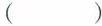
（ ）